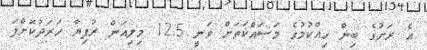
އެ ރަށުގެ ބިން ހިއްކުމުގެ މަސައްކަތަށް ވަނީ 12.5 މިލިއަން ރުފިޔާ ހަރަދުކޮށްފަ